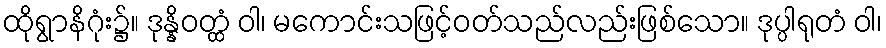
ထိုရွာနိဂုံး၌။ ဒုန္နိဝတ္ထံ ဝါ၊ မကောင်းသဖြင့်ဝတ်သည်လည်းဖြစ်သော။ ဒုပ္ပါရုတံ ဝါ၊